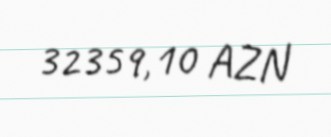
32359,10 AZN